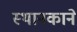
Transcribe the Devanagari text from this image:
स्थानकाने